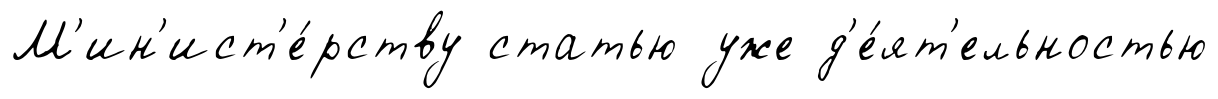
М'ин'ист'е́рству статью уже д'е́ят'ельностью